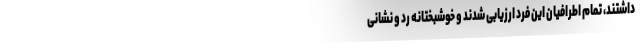
داشتند، تمام اطرافیان این فرد ارزیابی شدند و خوشبختانه رد و نشانی